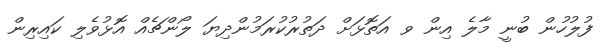
ފުލުހުން ބުނީ މާލެ އިން ވ އަތޮޅަށް ދަތުރުކުރަމުންދިޔަ ލޯންޗެއް އޮޅުވެލި ކައިރިން